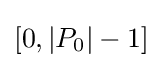
\left[0,\left|P_{0}\right|-1\right]